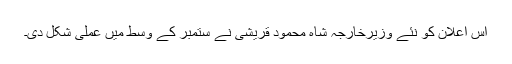
اس اعلان کو نئے وزیرخارجہ شاہ محمود قریشی نے ستمبر کے وسط میں عملی شکل دی۔